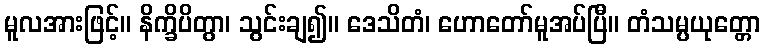
မူလအားဖြင့်။ နိက္ခိပိတွာ၊ သွင်းချ၍။ ဒေသိတံ၊ ဟောတော်မူအပ်ပြီ။ တံသမ္ပယုတ္တော